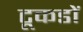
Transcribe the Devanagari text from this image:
टूकडों